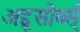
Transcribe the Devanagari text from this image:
अद्द्सोर्ब्स्